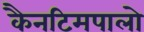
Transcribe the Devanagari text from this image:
कैनटिमपालो